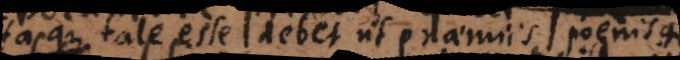
itaque tale esse debet ut praemiis poenisque